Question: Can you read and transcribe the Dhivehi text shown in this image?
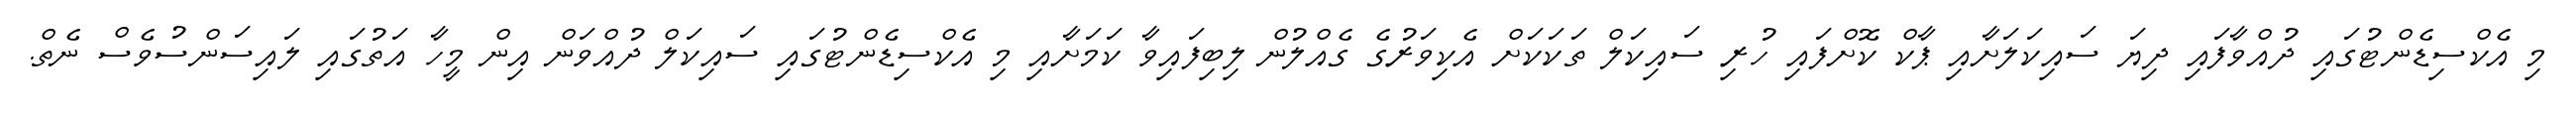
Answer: މި އެކްސިޑެންޓުގައި ދުއްވާފައި ދިޔަ ސައިކަލަށާއި ޕާކް ކޮށްފައި ހުރި ސައިކަލް ތަކަކަށް އެކިވަރުގެ ގެއްލުން ލިބިފައިވާ ކަމަށާއި މި އެކްސިޑެންޓުގައި ސައިކަލް ދުއްވަން އިން މީހާ އަތުގައި ލައިސަންސުވެސް ނެތް.